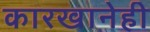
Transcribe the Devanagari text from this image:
कारखानेही